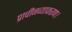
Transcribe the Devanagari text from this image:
प्राचीनव्याकरण।